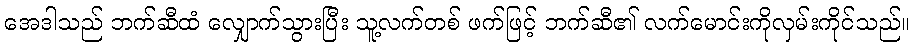
အေဒါသည် ဘက်ဆီထံ လျှောက်သွားပြီး သူ့လက်တစ် ဖက်ဖြင့် ဘက်ဆီ၏ လက်မောင်းကိုလှမ်းကိုင်သည်။